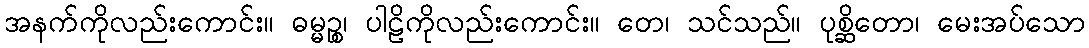
အနက်ကိုလည်းကောင်း။ ဓမ္မဉ္စ၊ ပါဠိကိုလည်းကောင်း။ တေ၊ သင်သည်။ ပုစ္ဆိတော၊ မေးအပ်သော